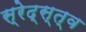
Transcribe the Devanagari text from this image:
स्रेद्स्त्व